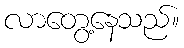
လာတွေ့နေသည်။